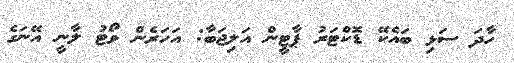
ހާދަ ސަޅި ބައެކޭ ޑޮކްޓަރު ޕާޓީން އަލިޖަބާ: އަހަރެން ވޯޓު ލާނީ އޭނަގެ